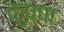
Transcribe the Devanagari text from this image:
कुप्‍पा